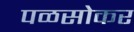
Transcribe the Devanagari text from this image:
पळसोकर